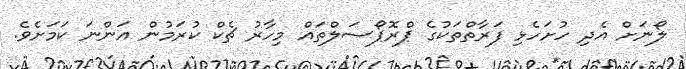
ލޯނަށް އެދި ހުށަހެޅި ފަރާތްތަކުގެ ޕްރޮޕޯސަލްތައް މިހާރު ޗެކް ކުރަމުން އަންނަ ކަމަށެވެ.